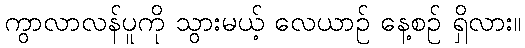
ကွာလာလန်ပူကို သွားမယ့် လေယာဉ် နေ့စဉ် ရှိလား။